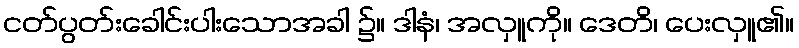
ငတ်ပွတ်းခေါင်းပါးသောအခါ ၌။ ဒါနံ၊ အလှူကို။ ဒေတိ၊ ပေးလှူ၏။